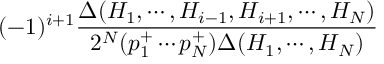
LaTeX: ( - 1 ) ^ { i + 1 } { \frac { \Delta ( H _ { 1 } , \cdots , H _ { i - 1 } , H _ { i + 1 } , \cdots , H _ { N } ) } { 2 ^ { N } ( p _ { 1 } ^ { + } \cdots p _ { N } ^ { + } ) \Delta ( H _ { 1 } , \cdots , H _ { N } ) } }